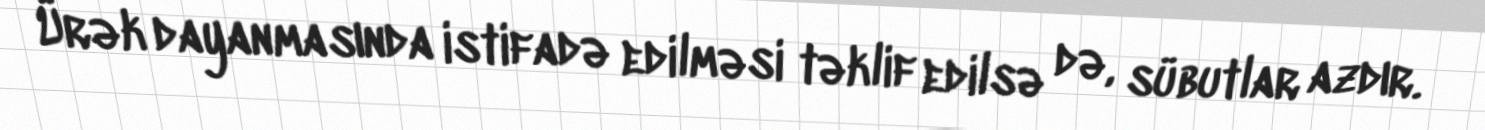
Ürək dayanmasında istifadə edilməsi təklif edilsə də, sübutlar azdır.